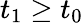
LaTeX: t_{1}\geq t_{0}